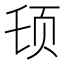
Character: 𱂠